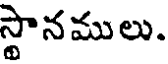
స్థానములు.